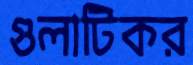
গুলাটিকর